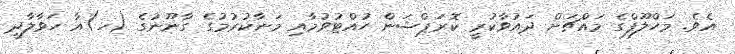
އެވެ. މަހްލޫފްގެ މައްޗަށް ދައުވާކުރީ ކޮރަޕްޝަން ހުއްޓުވުމާއި މަނާކުރުމުގެ ގާނޫނުގެ (ހ)އާ ހަވާލާދީ